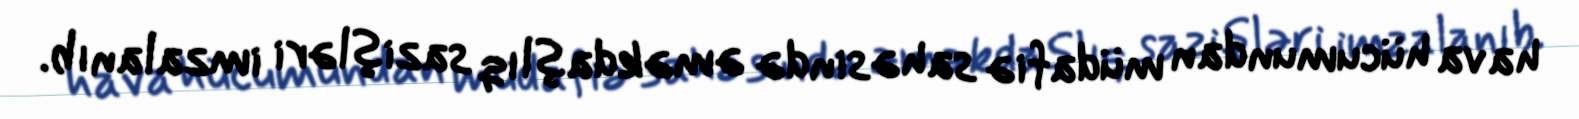
hava hücumundan müdafiə sahəsində əməkdaşlıq sazişləri imzalanıb.